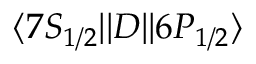
\ensuremath { \langle 7 S _ { 1 / 2 } | | } D \ensuremath { | | 6 P _ { 1 / 2 } \rangle }